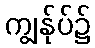
ကျွန်ုပ်၌